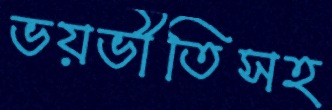
ভয়ভীতিসহ